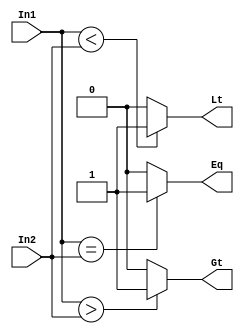
`timescale 1ns / 1ps
//////////////////////////////////////////////////////////////////////////////////
// Company: 
// Engineer: 
// 
// Design Name: 
// Module Name: 8_bit_comparator
// Project Name: 
// Target Devices: 
// Tool Versions: 
// Description: 
// 
// Dependencies: 
// 
// Revision:
// Revision 0.01 - File Created
// Additional Comments:
// 
//////////////////////////////////////////////////////////////////////////////////


module bit_comparator(In1,In2,Gt,Lt,Eq); 

input [7:0]  In1,  In2; //The two 8-bit Inputs In1 and In2 
output Gt, Lt, Eq; //The Outputs of comparison 
reg   Gt, Lt, Eq; 
always @ (In1 or In2) //Check the state of the input lines 
begin 
    Gt <= ( In1 > In2 )? 1'b1 : 1'b0; 
    Lt <= ( In1 < In2 )? 1'b1 : 1'b0; 
    Eq <= ( In1 == In2)? 1'b1 : 1'b0; 
end 
endmodule